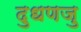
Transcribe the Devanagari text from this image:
दुधणजु